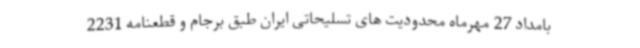
بامداد 27 مهرماه محدودیت های تسلیحاتی ایران طبق برجام و قطعنامه 2231